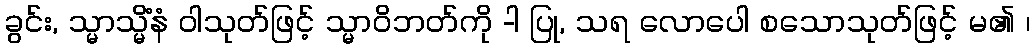
ခွင်း, သ္မာသ္မိံနံ ဝါသုတ်ဖြင့် သ္မာဝိဘတ်ကို -ါ ပြု, သရ လောပေါ စသောသုတ်ဖြင့် မ၏ ၊